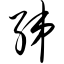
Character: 绨